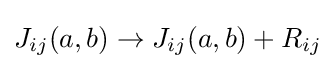
J_{ij}(a,b)\rightarrow J_{ij}(a,b)+R_{ij}